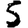
Digit: 5